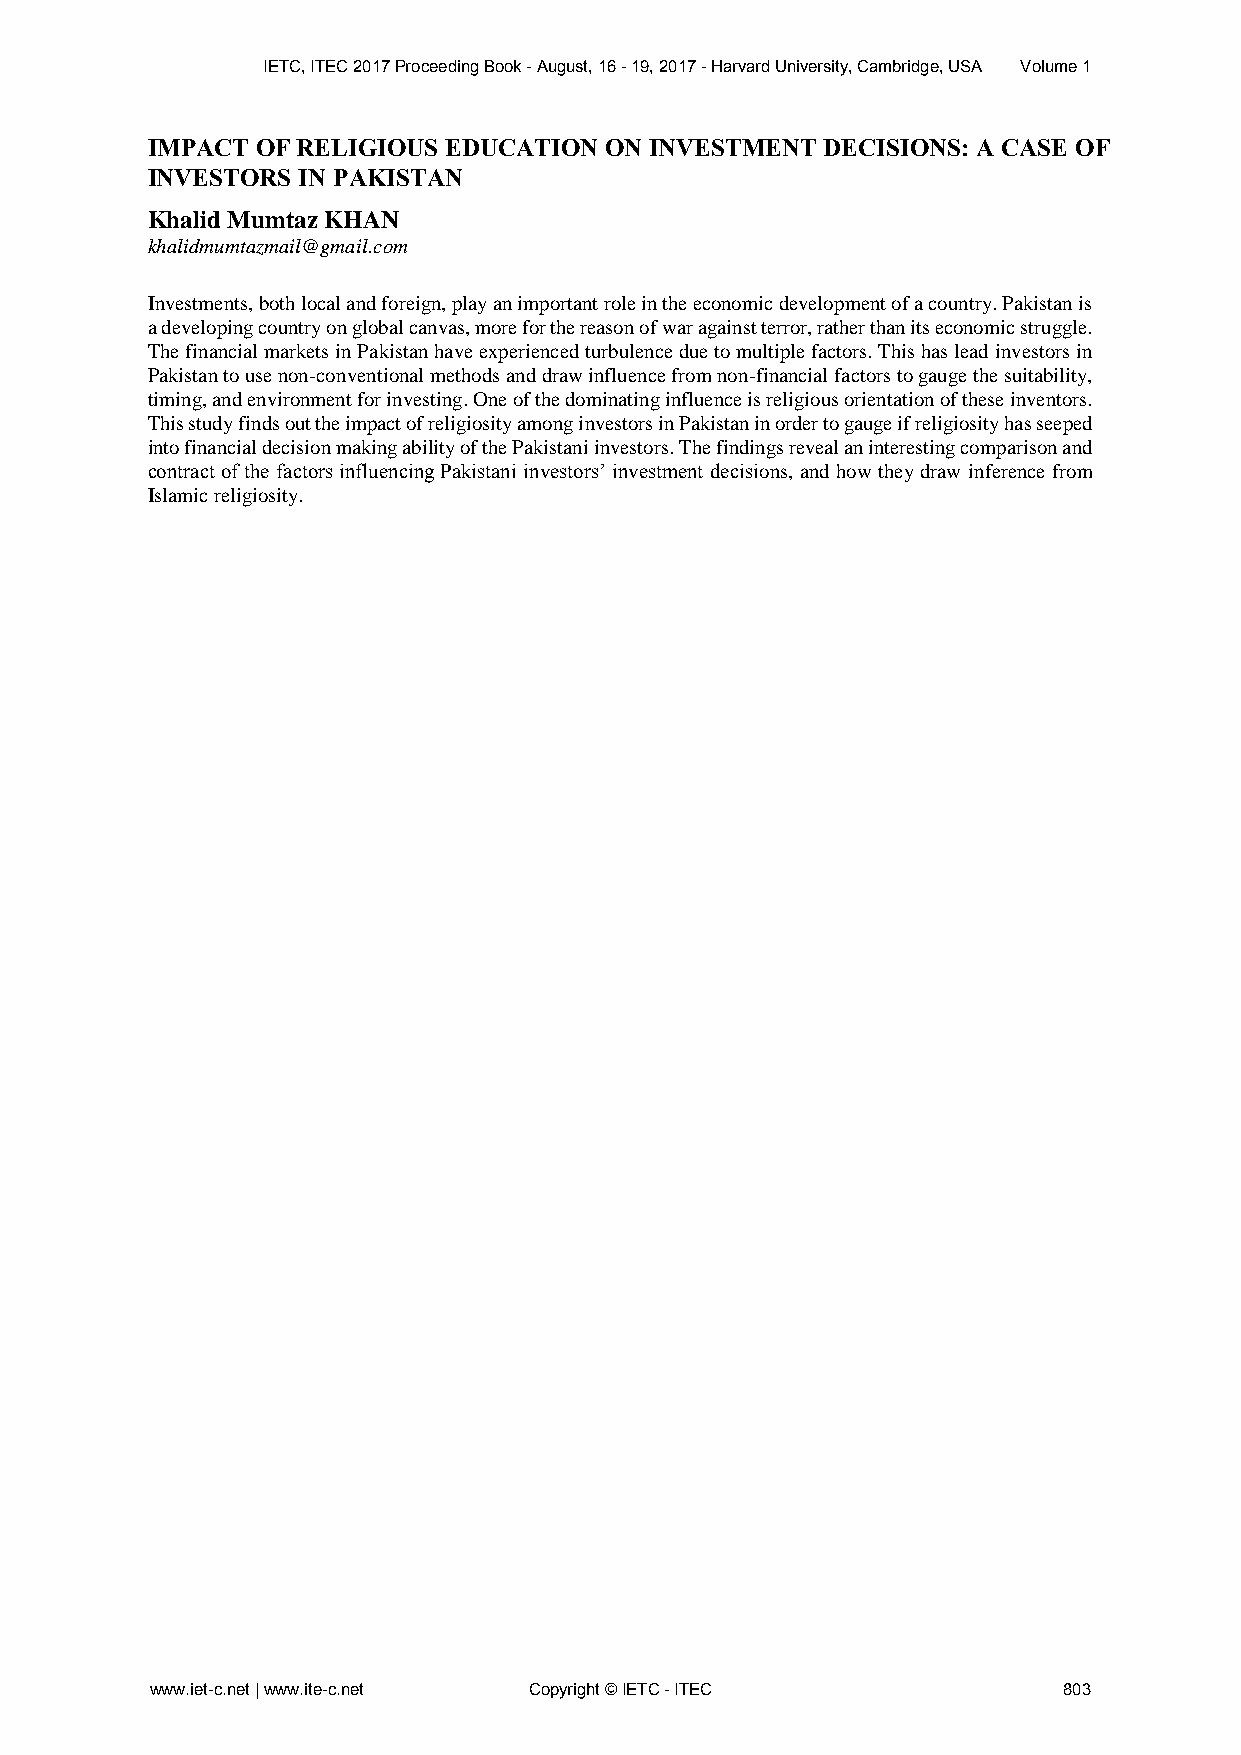
IETC, ITEC 2017 Proceeding Book - August, 16 - 19, 2017 - Harvard University, Cambridge, USA Volume 1
 IMPACT OF RELIGIOUS EDUCATION ON INVESTMENT  DECISIONS: A CASE OF
 INVESTORS IN PAKISTAN
 Khalid Mumtaz KHAN
 khalidmumtazmail@gmail.com
 Investments, both local and foreign, play an important role in the economic development of a country. Pakistan is
 a developing country on global canvas, more for the reason of war against terror, rather than its economic struggle.
 The financial markets in Pakistan have experienced turbulence due to multiple factors. This has lead investors in
 Pakistan to use non-conventional methods and draw influence from non-financial factors to gauge the suitability,
 timing, and environment for investing. One of the dominating influence is religious orientation of these inventors.
 This study finds out the impact of religiosity among investors in Pakistan in order to gauge if religiosity has seeped
 into financial decision making ability of the Pakistani investors. The findings reveal an interesting comparison and
 contract of the factors influencing Pakistani investors’ investment decisions, and how they draw inference from
 Islamic religiosity.
 www.iet-c.net | www.ite-c.net Copyright © IETC - ITEC       803